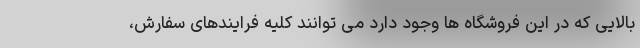
بالایی که در این فروشگاه ها وجود دارد می توانند کلیه فرایندهای سفارش،